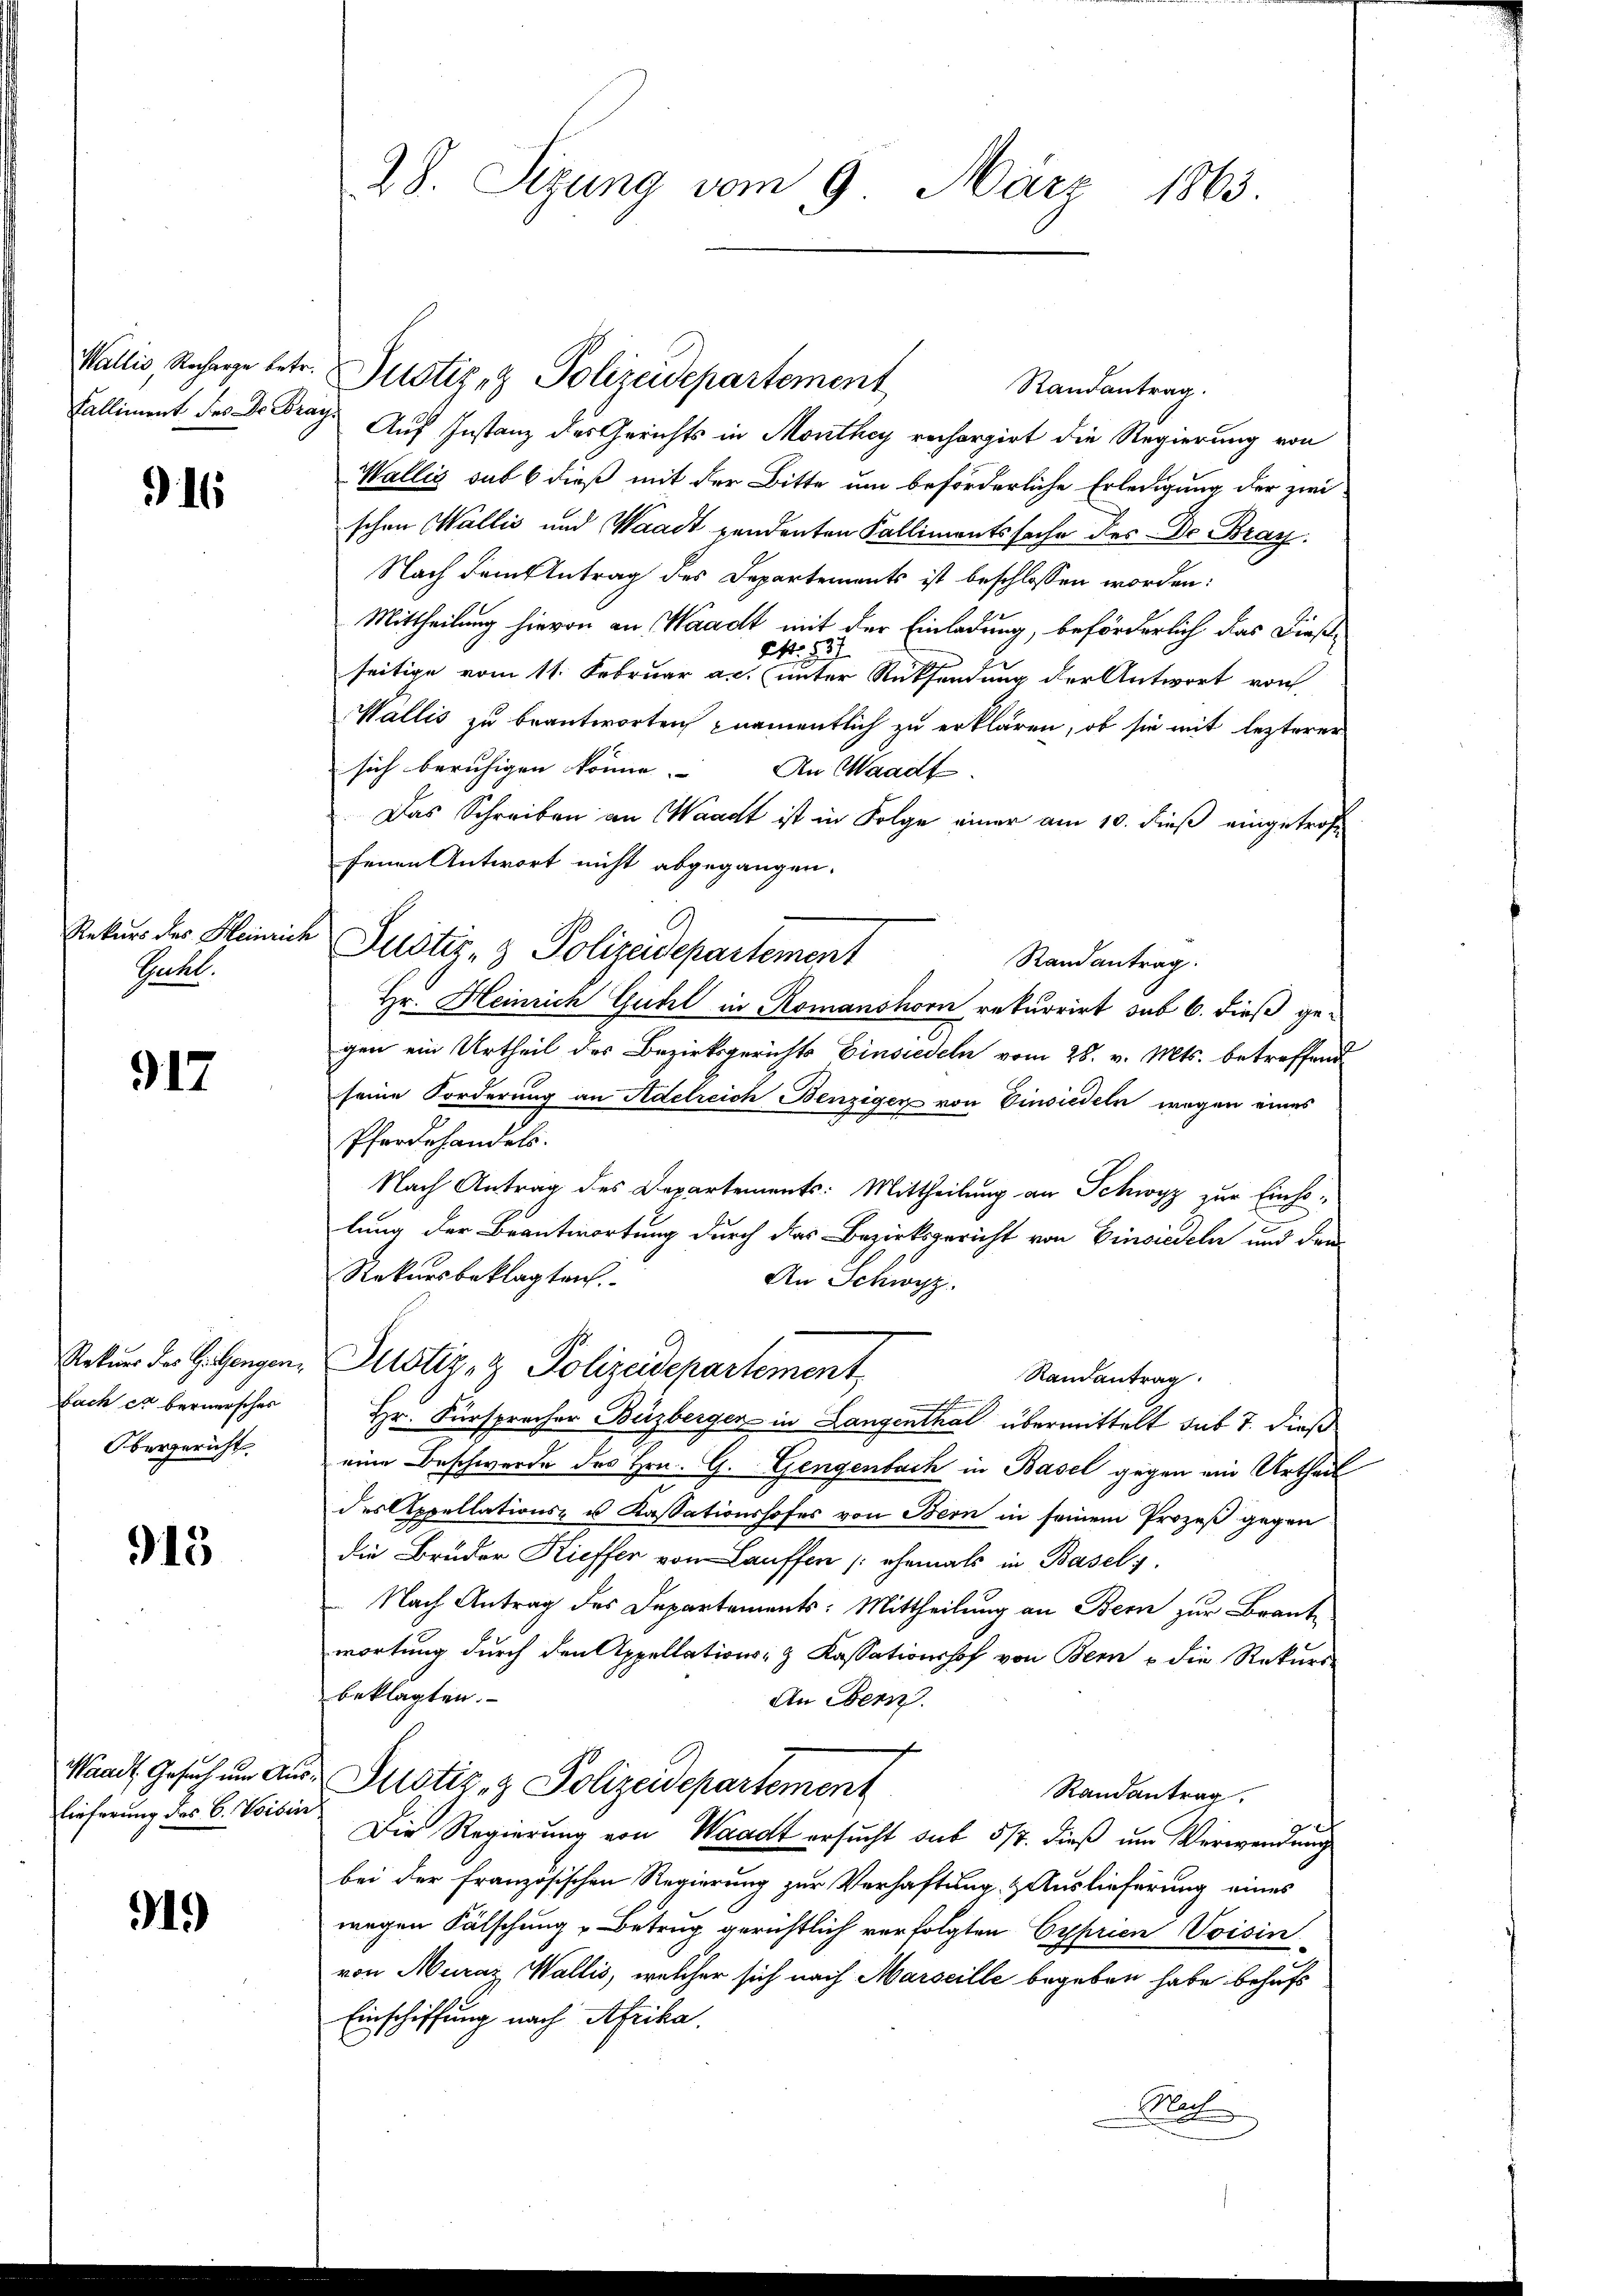
Kalliment des Dr Frag

16

Rekurs des Heinrich
Tchl.

917

bach es bernersches
Obergericht.

913

Waadt, Gesuch um Aus
lieferung des C. Voibii

91.)

28. Sizung vom 9. März 1863.

Wallis Recharge betr. Justiz & Polizeidepartement
Randantrag.
Auf Instanz des Gerichts in Monthey rechargirt die Regierung von
Wallis sub 6 dieß mit der Bitte um beförderliche Erledigung der zwei
schen Wallis und Waadt vendenten Kallimentssache des Dr. Bran
Nach dem Antrag des Departements ist beschlossen worden:
Mittheilung hievon an Waadt mit der Einladung, beförderlich das Dieß¬
Ao 187
seitige vom 11. Februar a.c. unter Rücksendung der Antwort von
Wallis zu beantworten namentlich zu erklären, ob sie mit lezterer
sich beruhigen könne. An Waadt
Das Schreiben an Waadt ist in Folge einer am 10. dieß eingetroffenen Antwort nicht abgegangen.
Justiz- & Polizeidepartement
Randantrag.
Hr. Heinrich Guhl in Romanshorn rekurrirt sub 6. dieß gegen ein Urtheil des Bezirksgerichts Einsiedeln vom 28. v. Mts. betreffend
seine Forderung an Adelreich Benziger von Einsiedeln wegen eines
Pferdehandels.
Nach Antrag des Departements: Mittheilung an Schwyz zur Einho-
lung der Beantwortung durch das Bezirksgericht von Einsiedeln und den
Rekursbeklagten.
An Schwyz.
Rekŭrr des H. Gengen, Justiz- & Polizeidepartement
Randantrag
Hr. Fürsprecher Beizberger in Langenthal übermittelt sub 7. dieß
eine Beschwerde des Hrn. G. Gengenbach in Basel gegen ein Urtheil
des Appellations- u. Kassationshofes von Bern in seinem Prozeß gegen
die Brüder Kieffen von Lauffen (ehemals in Basels
Nach Antrag des Departements: Mittheilung an Bern zur Brant
wortung durch den Appellations- & Kassationshof von Bern u die Rekurs-
beklagten.
An Ebern.
Justiz- & Polizeidepartement
Randantrag
Die Regierung von Waadt ersucht auf 5/7. dieß um Verwendung
bei der französischen Regierung zur Verhaftung & Auslieferung eines
wegen Fälschung u Betrug gerichtlich verfolgten Cyprien Voisin
von Muraz Wallis, welcher sich nach Marseille begeben habe behufs
Einschiffung nach Afrika.
Rat